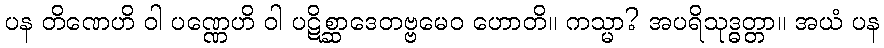
ပန တိဏေဟိ ဝါ ပဏ္ဏေဟိ ဝါ ပဋိစ္ဆာဒေတဗ္ဗမေဝ ဟောတိ။ ကသ္မာ? အပရိသုဒ္ဓတ္တာ။ အယံ ပန